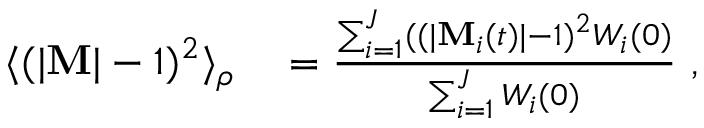
\begin{array} { r l } { \langle ( | { \bf { M } } | - 1 ) ^ { 2 } \rangle _ { \rho } } & { { } = \frac { \sum _ { i = 1 } ^ { J } ( ( | { \bf { M } } _ { i } ( t ) | - 1 ) ^ { 2 } W _ { i } ( 0 ) } { \sum _ { i = 1 } ^ { J } W _ { i } ( 0 ) } \mathrm { ~ , ~ } } \end{array}